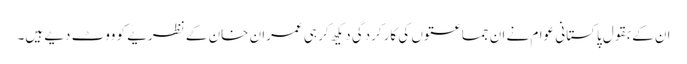
ان کے بقول پاکستانی عوام نے ان جماعتوں کی کارکردگی دیکھ کر ہی عمران خان کے نظریے کو ووٹ دیے ہیں۔